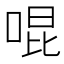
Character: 𪡓